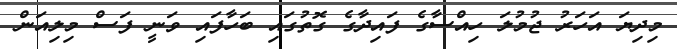
މިދިޔަ އަހަރު ޖުމުލަ ހިއްސާގެ ފައިދާގެ ގޮތުގައި ބަހާފައި ވަނީ ފަސް މިލިއަން